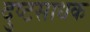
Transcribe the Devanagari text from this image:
दुष्टसाधक